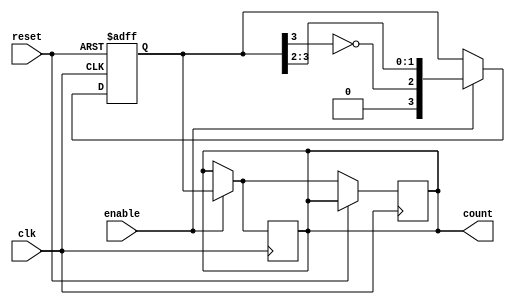
module ring_johnson_counter #(
    parameter n = 4 // Number of bits in the counter
)(
    input wire clk,              // Clock input
    input wire reset,            // Asynchronous reset
    input wire enable,           // Enable input
    output reg [n-1:0] count     // Output representing the current state
);

// Internal register to hold the state
reg [n-1:0] shift_reg;

always @(posedge clk or posedge reset) begin
    if (reset) begin
        // Asynchronous reset
        shift_reg <= 0;
    end else if (enable) begin
        // Shift operation with Johnson feedback
        shift_reg <= {~shift_reg[n-1], shift_reg[n-1:n-2]};
        count <= shift_reg;
    end
end

// Assign the output count from the shift register
always @(posedge clk) begin
    if (enable) begin
        count <= shift_reg;
    end
end

endmodule